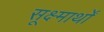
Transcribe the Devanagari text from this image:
सूक्ष्मार्थों